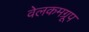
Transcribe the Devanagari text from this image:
वेलकमग्रूप